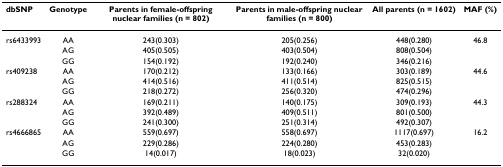
| dbSNP | Genotype | Parents in female-offspring nuclear families (n = 802) | Parents in male-offspring nuclear families (n = 800) | All parents (n = 1602) | MAF (%) |
 | --- | --- | --- | --- | --- | --- |
 | rs6433993 | AA | 243(0.303) | 205(0.256) | 448(0.280) | 46.8 |
 |  | AG | 405(0.505) | 403(0.504) | 808(0.504) |  |
 |  | GG | 154(0.192) | 192(0.240) | 346(0.216) |  |
 | rs409238 | AA | 170(0.212) | 133(0.166) | 303(0.189) | 44.6 |
 |  | AG | 414(0.516) | 411(0.514) | 825(0.515) |  |
 |  | GG | 218(0.272) | 256(0.320) | 474(0.296) |  |
 | rs288324 | AA | 169(0.211) | 140(0.175) | 309(0.193) | 44.3 |
 |  | AG | 392(0.489) | 409(0.511) | 801(0.500) |  |
 |  | GG | 241(0.300) | 251(0.314) | 492(0.307) |  |
 | rs4666865 | AA | 559(0.697) | 558(0.697) | 1117(0.697) | 16.2 |
 |  | AG | 229(0.286) | 224(0.280) | 453(0.283) |  |
 |  | GG | 14(0.017) | 18(0.023) | 32(0.020) |  |